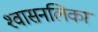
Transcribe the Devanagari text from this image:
श्‍वासनलिका